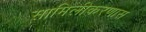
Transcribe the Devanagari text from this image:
सामिलीकरणास